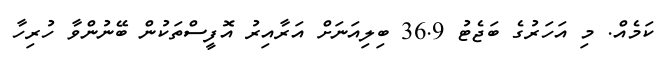
ކަމެއް. މި އަހަރުގެ ބަޖެޓު 36.9 ބިލިއަނަށް އަރާއިރު އޮފީސްތަކުން ބޭނުންވާ ހުރިހާ